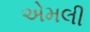
એમલી